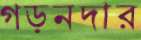
গড়নদার